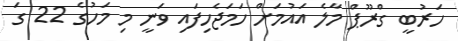
ހަރުބީ ގްރޫޕް މާލެ އައުމަށް ހަމަޖެހިފައި ވަނީ މި މަހުގެ 22 ގަ